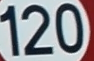
120